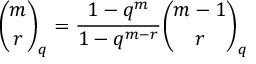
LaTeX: { \binom { m } { r } } _ { q } = { \frac { 1 - q ^ { m } } { 1 - q ^ { m - r } } } { \binom { m - 1 } { r } } _ { q }